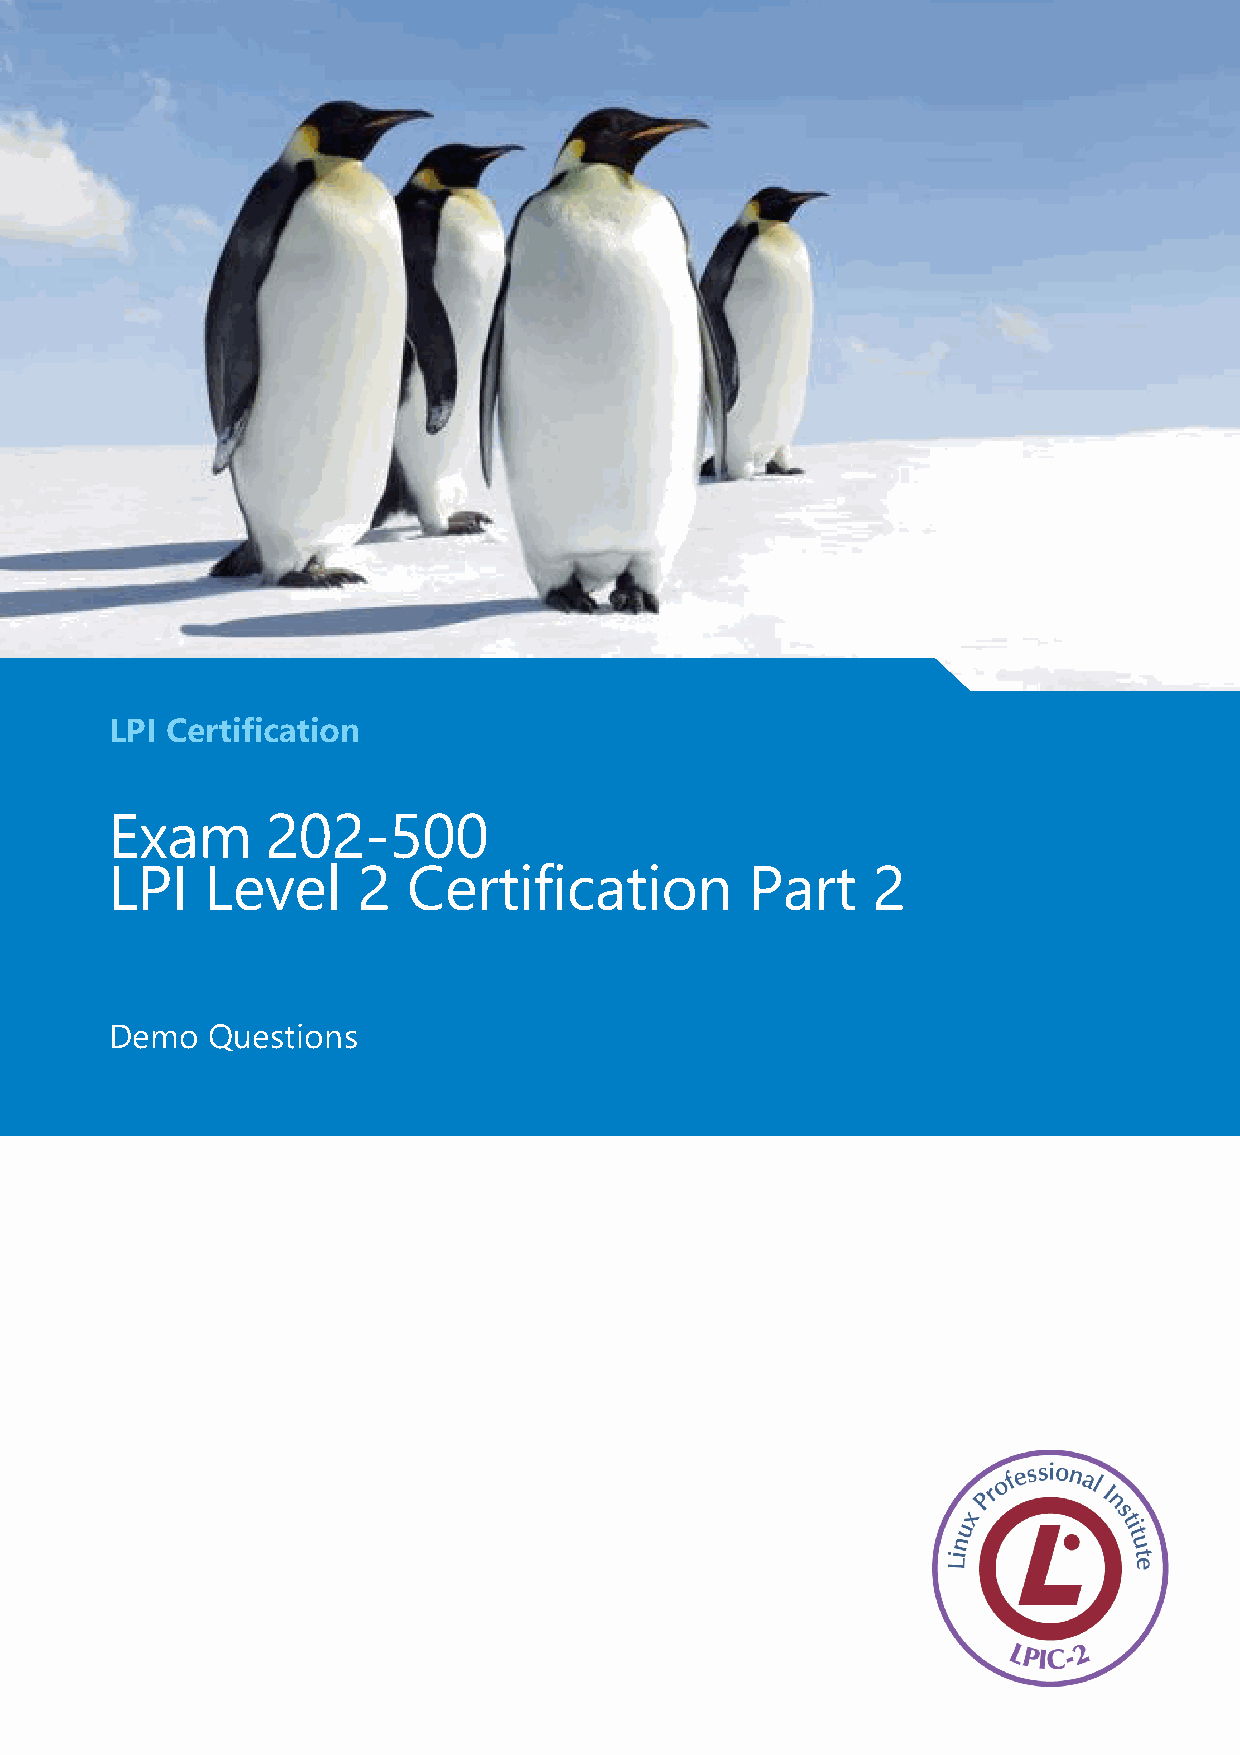
LPI Certification
 Exam
 202-500
 LPI    Level     2  Certification          Part    2
 Demo   Questions